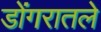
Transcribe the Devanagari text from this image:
डोंगरातले